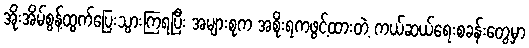
အိုးအိမ်စွန့်ထွက်ပြေးသွားကြရပြီး အများစုက အစိုးရကဖွင့်ထားတဲ့ ကယ်ဆယ်ရေးစခန်းတွေမှာ